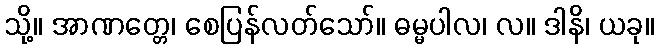
သို့။ အာဏတ္တေ၊ စေပြန်လတ်သော်။ ဓမ္မပါလ၊ လ။ ဒါနိ၊ ယခု။